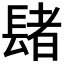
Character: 𨲘